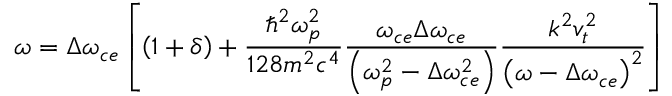
\omega = \Delta \omega _ { c e } \left[ \left( 1 + \delta \right) + \frac { \hbar ^ { 2 } \omega _ { p } ^ { 2 } } { 1 2 8 m ^ { 2 } c ^ { 4 } } \frac { \omega _ { c e } \Delta \omega _ { c e } } { \left( \omega _ { p } ^ { 2 } - \Delta \omega _ { c e } ^ { 2 } \right) } \frac { k ^ { 2 } v _ { t } ^ { 2 } } { \left( \omega - \Delta \omega _ { c e } \right) ^ { 2 } } \right]